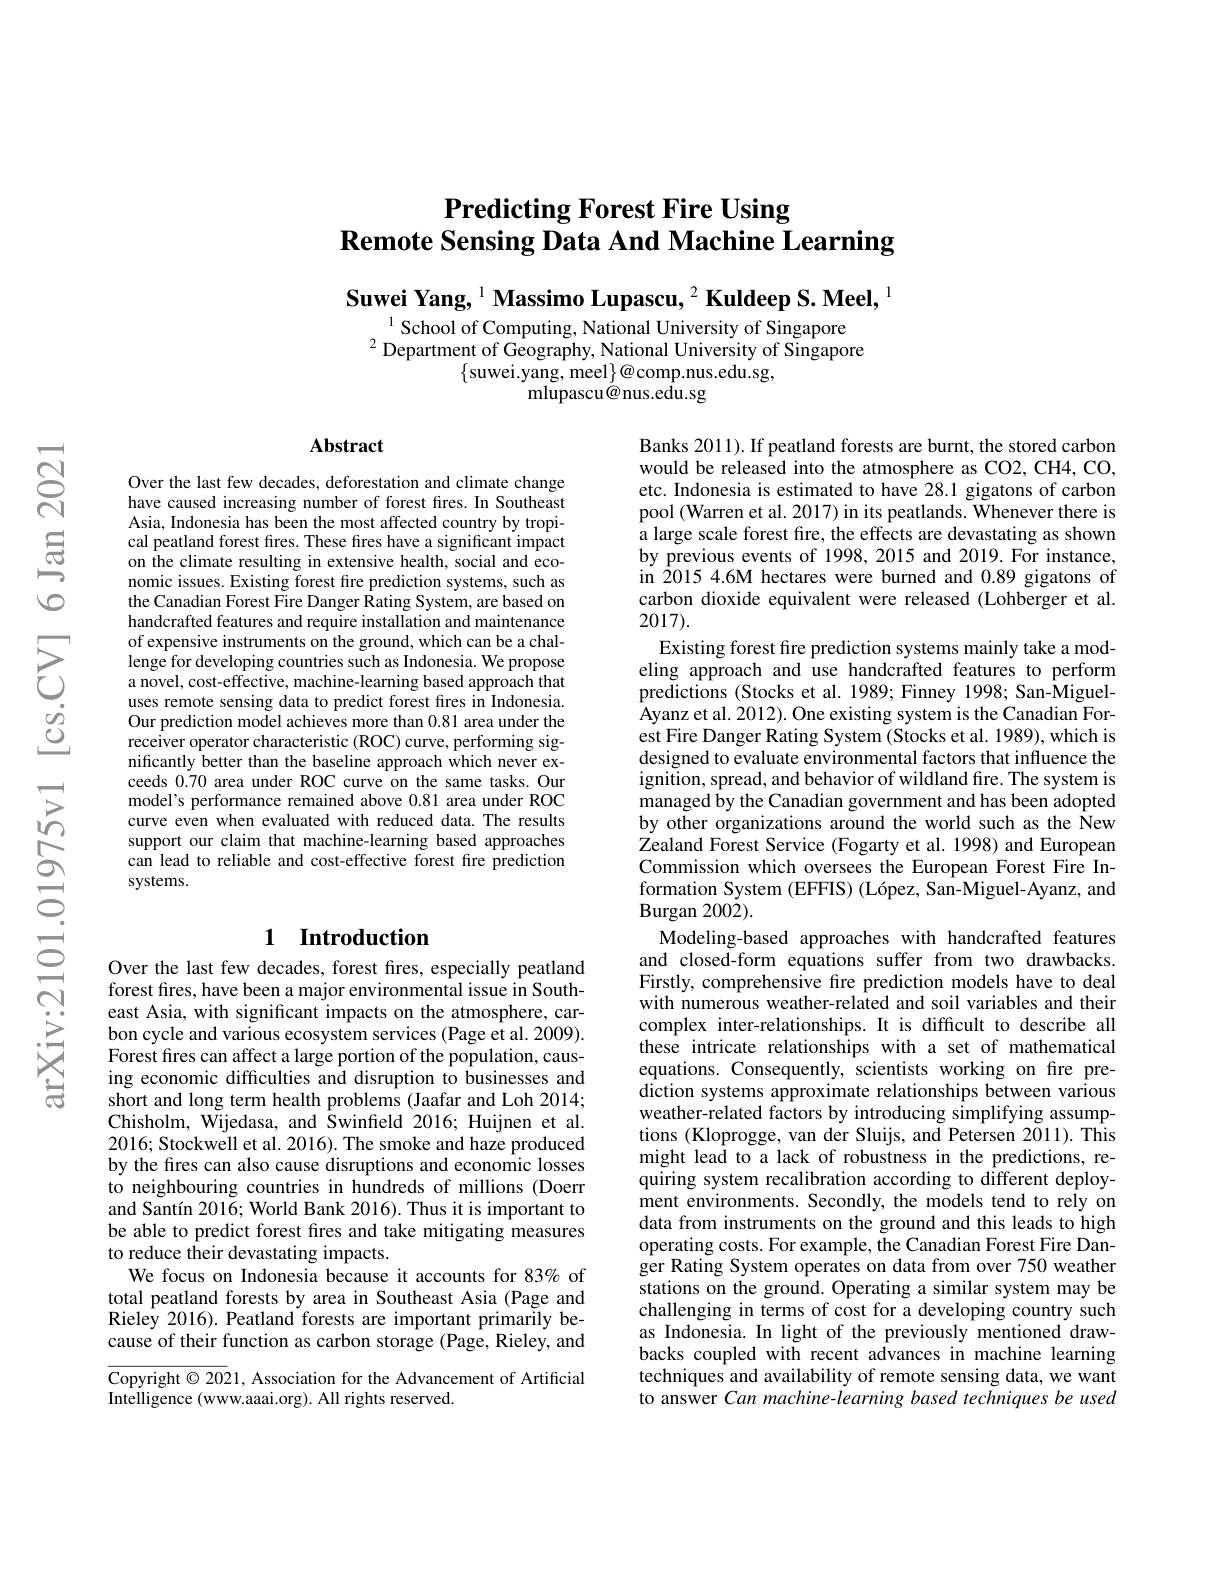
# Predicting Forest Fire Using $\textbf{Remote Sensing Data And Machine Learning}$

Suwei Yang, $^{1}$ Massimo Lupascu, $^2\textbf{Kuldeep S. Meel, }^{1}$

$^{1}$School of Computing, National University of Singapore $^{2}$Department of Geography, National University of Singapore
$\{$suwei.yang, meel$\}\textcircled{a}$comp.nus.edu.sg,
${\mathrm{mlupascu@nus.edu.sg}}$

### $\mathbf{Abstract}$

Over the last few decades, deforestation and climate change have caused increasing number of forest fires. In Southeast Asia, Indonesia has been the most affected country by tropical peatland forest fires. These fires have a significant impact on the climate resulting in extensive health, social and economic issues. Existing forest fire prediction systems, such as the Canadian Forest Fire Danger Rating System, are based on handcrafted features and require installation and maintenance of expensive instruments on the ground, which can be a challenge for developing countries such as Indonesia. We propose a novel, cost-effective, machine-learning based approach that uses remote sensing data to predict forest fires in Indonesia. Our prediction model achieves more than 0.81 area under the receiver operator characteristic (ROC) curve, performing significantly better than the baseline approach which never exceeds 0.70 area under ROC curve on the same tasks. Our model's performance remained above 0.81 area under ROC curve even when evaluated with reduced data. The results support our claim that machine-learning based approaches can lead to reliable and cost-effective forest fire prediction systems.

## 1 Introduction

Over the last few decades, forest fres, especially peatland forest fires, have been a major environmental issue in Southeast Asia, with significant impacts on the atmosphere, carbon cycle and various ecosystem services (Page et al. 2009). Forest fres can affect a large portion of the population, causing economic difficulties and disruption to businesses and short and long term health problems (Jaafar and Loh 2014; Chisholm, Wijedasa, and Swinfreld 2016; Huijnen et al. 2016; Stockwell et al. 2016). The smoke and haze produced by the fires can also cause disruptions and economic losses to neighbouring countries in hundreds of millions (Doerr and Santín 2016; World Bank 2016). Thus it is important to be able to predict forest fires and take mitigating measures to reduce their devastating impacts.
We focus on Indonesia because it accounts for 83% of total peatland forests by area in Southeast Asia (Page and $\hat{\text{Rieley 2016).Peatland forests are important primarily be-}}$ cause of their function as carbon storage (Page, Rieley, and

Copyright $\odot2021$, Association for the Advancement of Artificial
Intelligence (www.aaai.org). All rights reserved.

Banks 2011). If peatland forests are burnt, the stored carbon would be released into the atmosphere as CO2, CH4, CO, etc. Indonesia is estimated to have 28.1 gigatons of carbon pool (Warren et al. 2017) in its peatlands. Whenever there is a large scale forest fire, the effects are devastating as shown by previous events of 1998, 2015 and 2019. For instance, in 2015 4.6M hectares were burned and 0.89 gigatons of carbon dioxide equivalent were released (Lohberger et al. 2017).
Existing forest fire prediction systems mainly take a modeling approach and use handcrafted features to perform predictions (Stocks et al. 1989; Finney 1998; San-MiguelAyanz et al. 2012). One existing system is the Canadian Forest Fire Danger Rating System (Stocks et al. 1989), which is designed to evaluate environmental factors that influence the ignition, spread, and behavior of wildland fire. The system is managed by the Canadian government and has been adopted by other organizations around the world such as the New $\tilde{\text{Zealand Forest Service (Fogarty et al. 1998) and European}}$ Commission which oversees the European Forest Fire Information System (EFFIS) (López, San-Miguel-Ayanz, and $\operatorname{Burgan}2002).$
Modeling-based approaches with handcrafted features and closed-form equations suffer from two drawbacks Firstly, comprehensive fire prediction models have to deal with numerous weather-related and soil variables and their complex inter-relationships. It is difficult to describe all these intricate relationships with a set of mathematical equations. Consequently, scientists working on fire prediction systems approximate relationships between various weather-related factors by introducing simplifying assumptions (Kloprogge, van der Sluijs, and Petersen 2011). This might lead to a lack of robustness in the predictions, requiring system recalibration according to different deployment environments. Secondly, the models tend to rely on data from instruments on the ground and this leads to high operating costs. For example, the Canadian Forest Fire Danger Rating System operates on data from over 750 weather stations on the ground. Operating a similar system may be challenging in terms of cost for a developing country such as Indonesia. In light of the previously mentioned drawbacks coupled with recent advances in machine learning techniques and availability of remote sensing data, we want to answer Can machine-learning based techniques be used